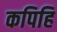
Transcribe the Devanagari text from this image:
कपिहि